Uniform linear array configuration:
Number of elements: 4
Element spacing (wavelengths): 1
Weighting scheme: cosine
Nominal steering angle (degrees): -60
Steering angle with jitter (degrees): -58.857
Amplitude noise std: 0.05
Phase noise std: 0.05

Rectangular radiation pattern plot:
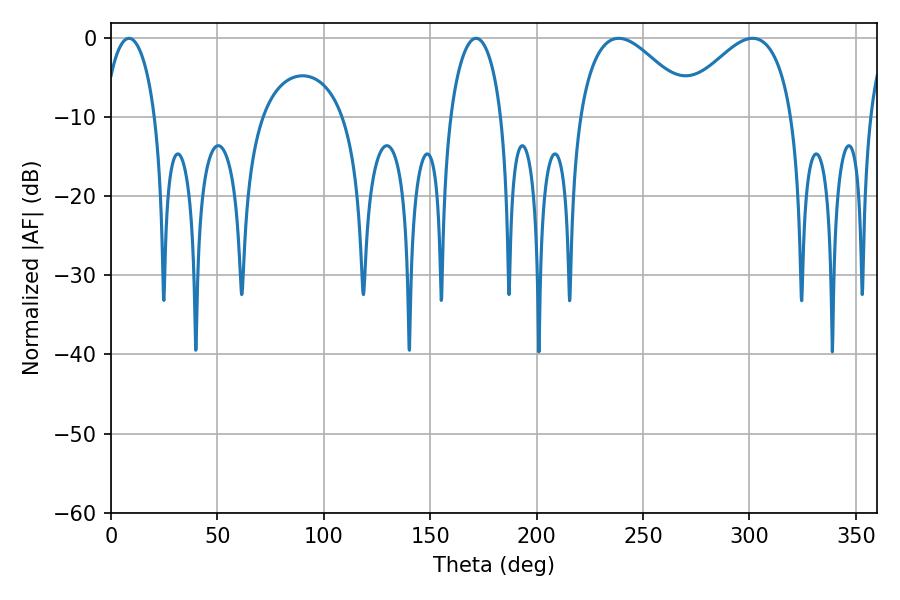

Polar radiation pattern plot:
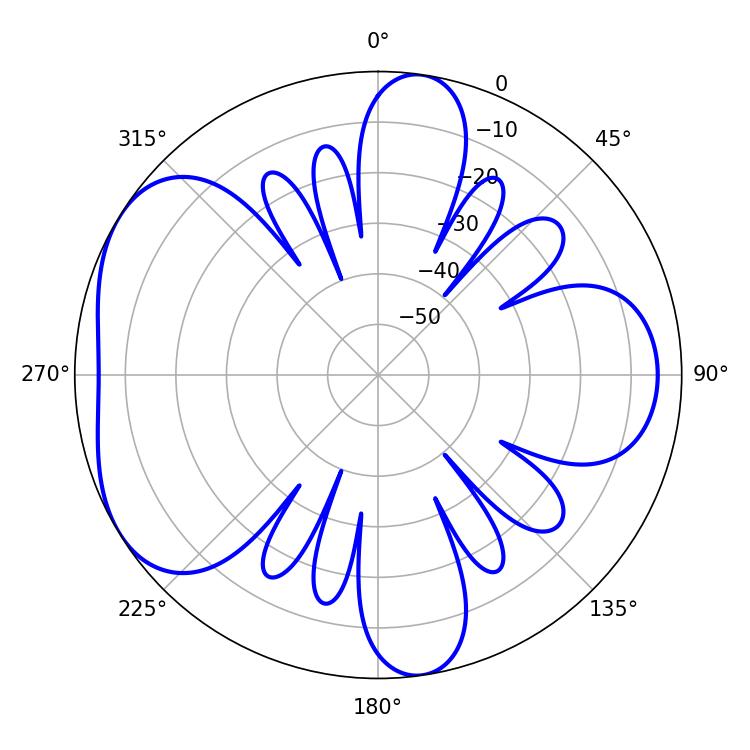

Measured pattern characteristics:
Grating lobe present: TRUE
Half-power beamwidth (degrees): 13.86
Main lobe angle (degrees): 8.46